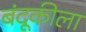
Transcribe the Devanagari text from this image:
बंदूकीला